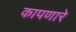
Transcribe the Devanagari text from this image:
कापणारे